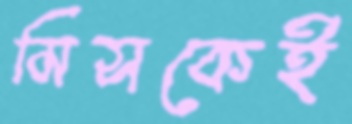
মিসকেই